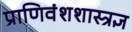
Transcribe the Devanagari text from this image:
प्राणिवंशशास्त्रज्ञ